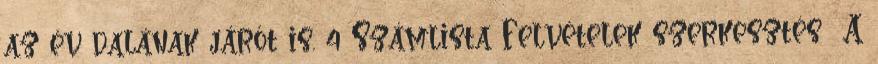
az év dalának járót is. 4 Számlista Felvételek szerkesztés A